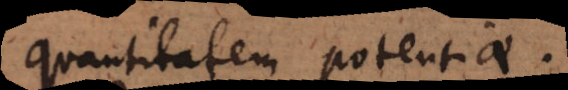
quantitatem potentiae.